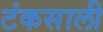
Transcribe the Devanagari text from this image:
टंकसाली